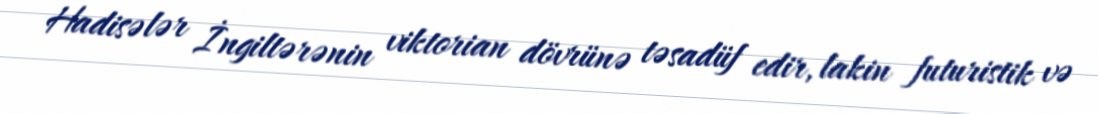
Hadisələr İngiltərənin viktorian dövrünə təsadüf edir, lakin futuristik və